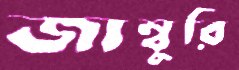
জাম্বুরি